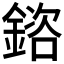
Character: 𨩲